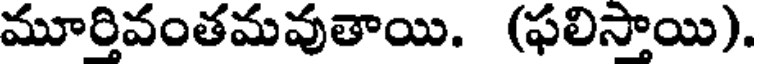
మూర్తివంతమవుతాయి. (ఫలిస్తాయి).